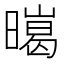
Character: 㬞